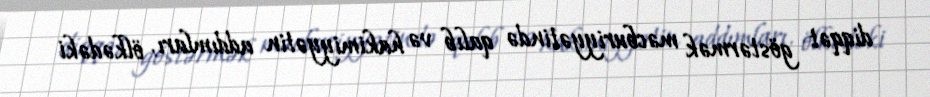
diqqət göstərmək məcburiyyətində qalıb və hakimiyyətin addımları, ölkədəki